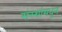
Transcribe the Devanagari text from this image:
संस्थांमधुन